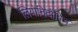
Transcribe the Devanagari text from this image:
लियोनिदोविच